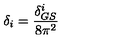
\delta _ { i } = \frac { \delta _ { G S } ^ { i } } { 8 \pi ^ { 2 } }